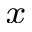
_ x